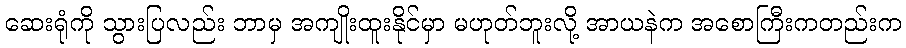
ဆေးရုံကို သွားပြလည်း ဘာမှ အကျိုးထူးနိုင်မှာ မဟုတ်ဘူးလို့ အာယနဲက အစောကြီးကတည်းက